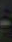
-